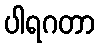
ပါရဂတာ